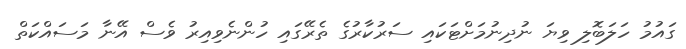
ގައުމު ހަލަބޮލި ވިޔަ ނުދިނުމަށްޓަކައި ސަރުކާރުގެ ތެރޭގައި ހުންނެވިއިރު ވެސް އޭނާ މަސައްކަތް